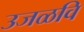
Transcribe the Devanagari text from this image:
उजळवि